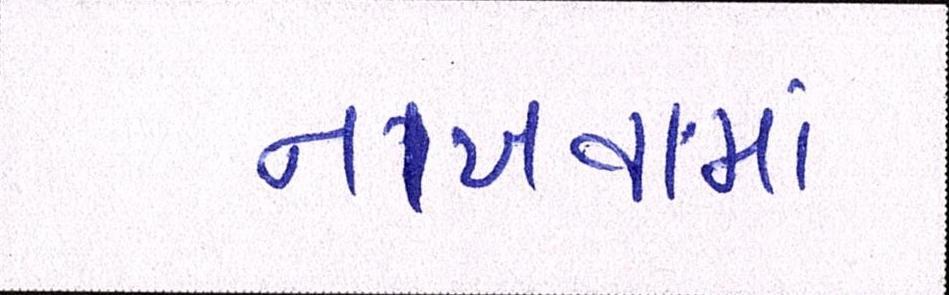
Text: નાખવામાં